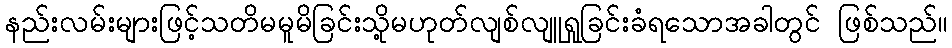
နည်းလမ်းများဖြင့်သတိမမူမိခြင်းသို့မဟုတ်လျစ်လျူရှုခြင်းခံရသောအခါတွင် ဖြစ်သည်။